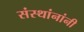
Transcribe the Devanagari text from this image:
संस्थांनांनी